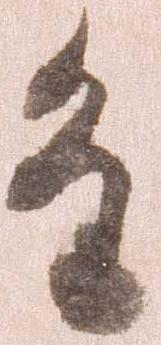
進